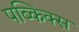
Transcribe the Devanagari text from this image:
पब्किक्स